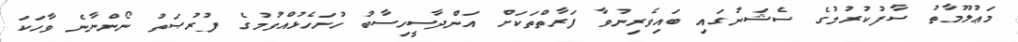
މަޢުލޫމާތު ސާފުކުރުމުގެ ސެޝަނުގައި ބައިވެރިނުވާ ފަރާތްތަކަށް އަންދާސީހިސާބު ހުށަހެޅުއްވުމުގެ ފުރުޞަތު ނޯންނާނެ ވާހަކަ